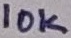
Text: 10K